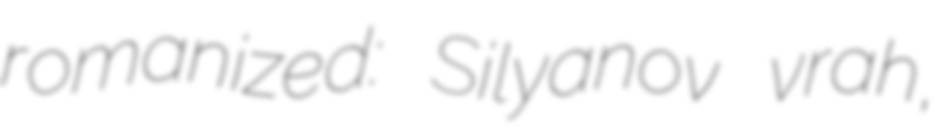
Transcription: romanized: Silyanov vrah,